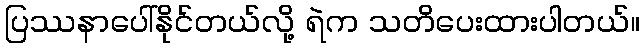
ပြဿနာပေါ်နိုင်တယ်လို့ ရဲက သတိပေးထားပါတယ်။